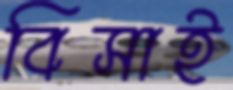
বিসাই